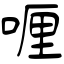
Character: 喱